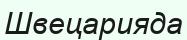
Швецарияда